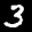
Label: 3